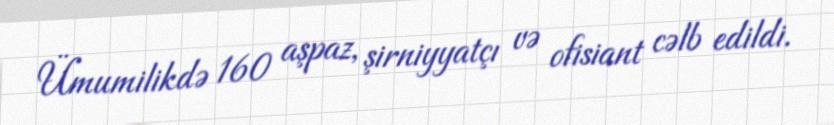
Ümumilikdə 160 aşpaz, şirniyyatçı və ofisiant cəlb edildi.